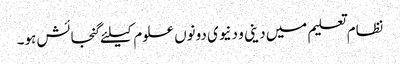
نظام تعلیم میں دینی و دنیوی دونوں علوم کیلئے گنجائش ہو۔